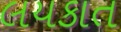
લયકાત